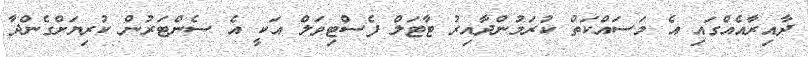
ދާއިރާއެއްގައި އެ މަސައްކަތް ކުރަމުންދާއިރު ޓާޓަލް ފެސްޓިވަލް އަކީ އެ ސެންޓަރުން ކުރިޔަށްގެންދާ